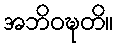
အဘိဝဍ္ဎတိ။